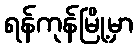
ရန်ကုန်မြို့မှာ